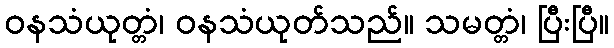
ဝနသံယုတ္တံ၊ ဝနသံယုတ်သည်။ သမတ္တံ၊ ပြီးပြီ။